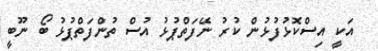
އަކީ އިސްކޮޅުފުޅުން ކުރު ނޭފަތްޕުޅު އުސް ތުންފަތްޕުޅު ބޯ ނޫބީ